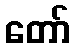
တော်